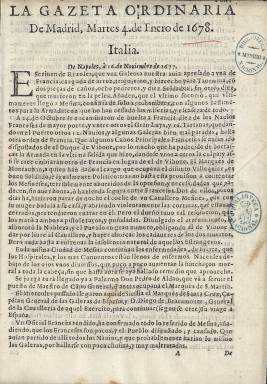
Título: Gazeta ordinaria de Madrid
Otros títulos: Gaceta ordinaria de Madrid
Colección: Gacetas
Ámbito geográfico: Madrid
Lugar de publicación: Madrid
Fechas: 04/01/1678-27/12/1678

Digitalizado el año 1678. El resto de los ejemplares se pueden consultar en la colección del Boletín Oficial del Estado.